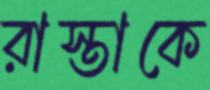
রাস্তাকে